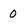
Character: 0